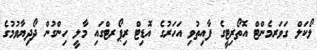
ލޯކަލް ގަވަރމެންޓް އޮތޯރިޓީގެ ފާއިތުވި އަހަރުގެ އޮޑިޓް ރިޕޯރޓްގައި މާލީ ހިންގުން ދޯދިޔާވުމުގެ